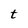
Character: t